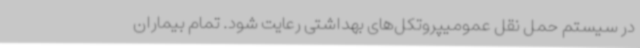
در سیستم حمل نقل عمومیپروتکل‌های بهداشتی رعایت شود. تمام بیماران